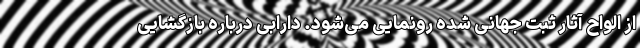
از الواح آثار ثبت جهانی شده رونمایی می‌شود. دارابی درباره بازگشایی